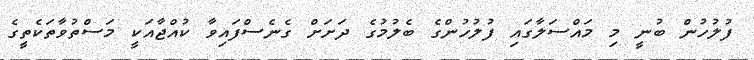
ފުލުހުން ބުނީ މި މައްސަލާގައި ފުލުހުންގެ ބެލުމުގެ ދަށަށް ގެނެސްފައިވާ ކުއްޖާއަކީ މަސްތުވާތަކެތީގެ